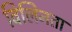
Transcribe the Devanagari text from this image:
विलिनता